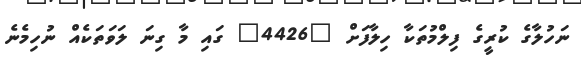
ނަހުލާގެ ކުރީގެ ފިލްމުތަކާ ހިލާފަށް "4426" ގައި މާ ގިނަ ލަވަތަކެއް ނުހިމެނެ